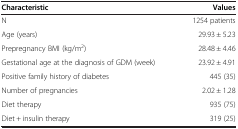
<table><thead><tr><td><b>Characteristic</b></td><td><b>Values</b></td></tr></thead><tbody><tr><td>N</td><td>1254 patients</td></tr><tr><td>Age (years)</td><td>29.93 ± 5.23</td></tr><tr><td>Prepregnancy BMI (kg/m<sup>2</sup>)</td><td>28.48 ± 4.46</td></tr><tr><td>Gestational age at the diagnosis of GDM (week)</td><td>23.92 ± 4.91</td></tr><tr><td>Positive family history of diabetes</td><td>445 (35)</td></tr><tr><td>Number of pregnancies</td><td>2.02 ± 1.28</td></tr><tr><td>Diet therapy</td><td>935 (75)</td></tr><tr><td>Diet + insulin therapy</td><td>319 (25)</td></tr></tbody></table>